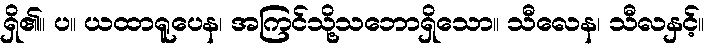
ရှိ၏။ ပ။ ယထာရူပေန၊ အကြင်သို့သဘောရှိသော။ သီလေန၊ သီလနှင့်။